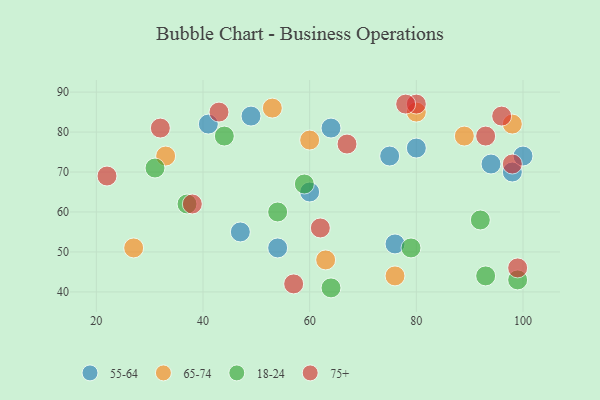
{"axis": {"x": "GDP", "y": "Life Expectancy"}, "legend": ["18-24", "55-64", "65-74", "75+"], "data": [{"x": "98", "y": 70, "type": "55-64"}, {"x": "64", "y": 81, "type": "55-64"}, {"x": "94", "y": 72, "type": "55-64"}, {"x": "100", "y": 74, "type": "55-64"}, {"x": "80", "y": 76, "type": "55-64"}, {"x": "41", "y": 82, "type": "55-64"}, {"x": "47", "y": 55, "type": "55-64"}, {"x": "54", "y": 51, "type": "55-64"}, {"x": "49", "y": 84, "type": "55-64"}, {"x": "60", "y": 65, "type": "55-64"}, {"x": "75", "y": 74, "type": "55-64"}, {"x": "76", "y": 52, "type": "55-64"}, {"x": "80", "y": 85, "type": "65-74"}, {"x": "89", "y": 79, "type": "65-74"}, {"x": "53", "y": 86, "type": "65-74"}, {"x": "63", "y": 48, "type": "65-74"}, {"x": "33", "y": 74, "type": "65-74"}, {"x": "27", "y": 51, "type": "65-74"}, {"x": "60", "y": 78, "type": "65-74"}, {"x": "76", "y": 44, "type": "65-74"}, {"x": "98", "y": 82, "type": "65-74"}, {"x": "44", "y": 79, "type": "18-24"}, {"x": "37", "y": 62, "type": "18-24"}, {"x": "79", "y": 51, "type": "18-24"}, {"x": "99", "y": 43, "type": "18-24"}, {"x": "59", "y": 67, "type": "18-24"}, {"x": "31", "y": 71, "type": "18-24"}, {"x": "92", "y": 58, "type": "18-24"}, {"x": "54", "y": 60, "type": "18-24"}, {"x": "64", "y": 41, "type": "18-24"}, {"x": "93", "y": 44, "type": "18-24"}, {"x": "43", "y": 85, "type": "75+"}, {"x": "32", "y": 81, "type": "75+"}, {"x": "99", "y": 46, "type": "75+"}, {"x": "96", "y": 84, "type": "75+"}, {"x": "67", "y": 77, "type": "75+"}, {"x": "57", "y": 42, "type": "75+"}, {"x": "22", "y": 69, "type": "75+"}, {"x": "98", "y": 72, "type": "75+"}, {"x": "38", "y": 62, "type": "75+"}, {"x": "80", "y": 87, "type": "75+"}, {"x": "93", "y": 79, "type": "75+"}, {"x": "78", "y": 87, "type": "75+"}, {"x": "62", "y": 56, "type": "75+"}]}